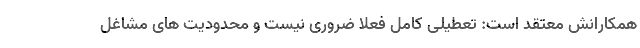
همکارانش معتقد است: تعطیلی کامل فعلا ضروری نیست و محدودیت های مشاغل